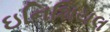
ઇનિશિયલ